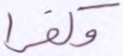
وكفرا